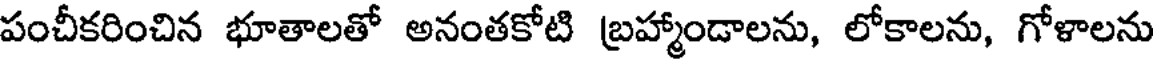
పంచీకరించిన భూతాలతో అనంతకోటి బ్రహ్మాండాలను, లోకాలను, గోళాలను